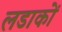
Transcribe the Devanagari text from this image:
लडाकों